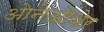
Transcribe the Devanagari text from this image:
ओनेओथेर